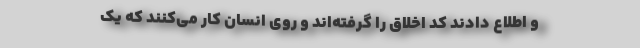
و اطلاع دادند کد اخلاق را گرفته‌‌اند و روی انسان کار می‌کنند که یک